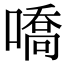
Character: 嘺